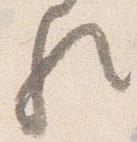
歟